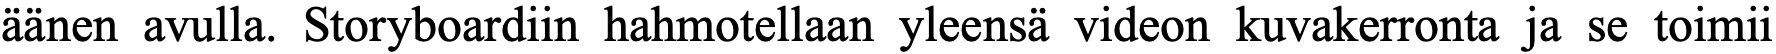
äänen avulla. Storyboardiin hahmotellaan yleensä videon kuvakerronta ja se toimii